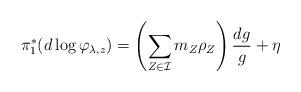
LaTeX: \begin{align*}\pi_1^*(d\log \varphi_{\lambda,z}) = \left( \sum_{Z\in \mathcal I} m_Z\rho_{Z}\right)\frac{dg}{g} + \eta\end{align*}